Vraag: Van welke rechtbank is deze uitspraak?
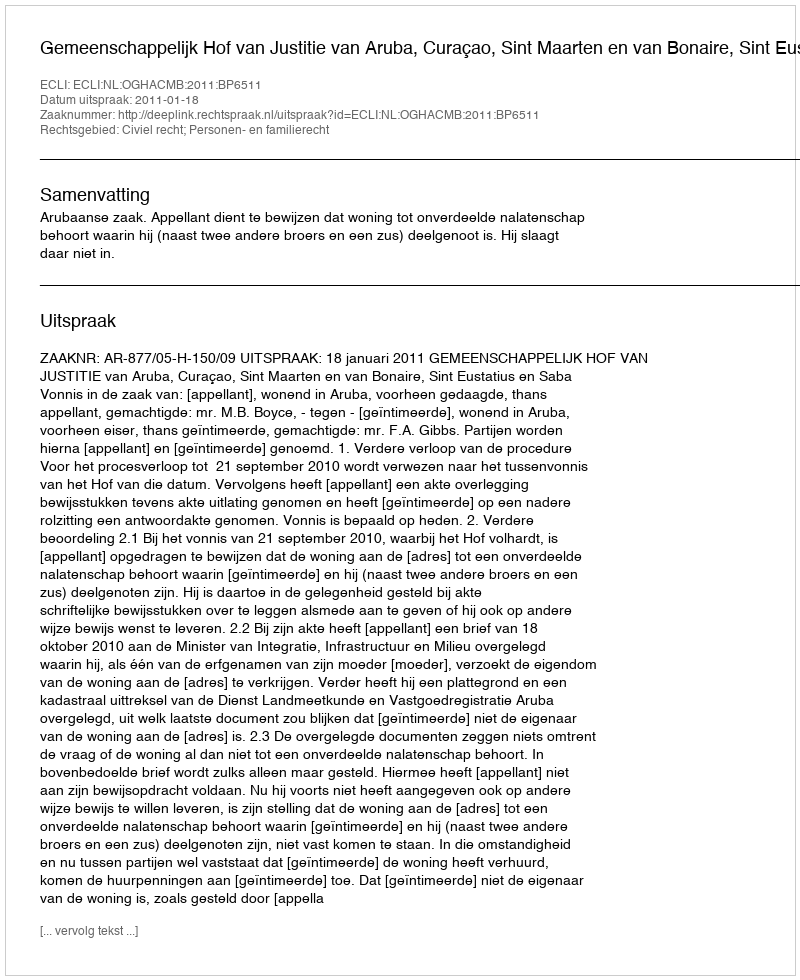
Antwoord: Gemeenschappelijk Hof van Justitie van Aruba, Curaçao, Sint Maarten en van Bonaire, Sint Eustatius en Saba